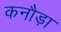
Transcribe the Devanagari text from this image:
कनौड़ा